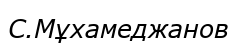
С.Мұхамеджанов